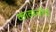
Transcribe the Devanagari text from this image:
काव्यचौर्य